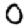
Digit: 0